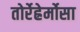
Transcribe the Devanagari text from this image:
तोर्रेह्रेर्मोसा